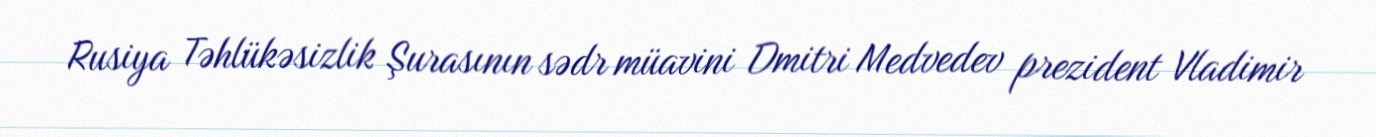
Rusiya Təhlükəsizlik Şurasının sədr müavini Dmitri Medvedev prezident Vladimir